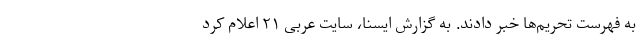
به فهرست تحریم‌ها خبر دادند. به گزارش ایسنا، سایت عربی ۲۱ اعلام کرد